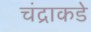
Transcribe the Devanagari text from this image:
चंद्राकडे